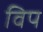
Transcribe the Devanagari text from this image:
विप